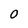
Character: O